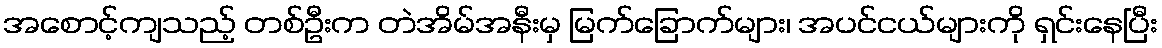
အစောင့်ကျသည့် တစ်ဦးက တဲအိမ်အနီးမှ မြက်ခြောက်များ၊ အပင်ငယ်များကို ရှင်းနေပြီး